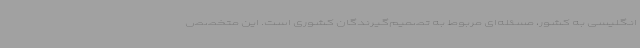
انگلیسی به کشور، مسئله‌ای مربوط به تصمیم‌گیرندگان کشوری است. این متخصص